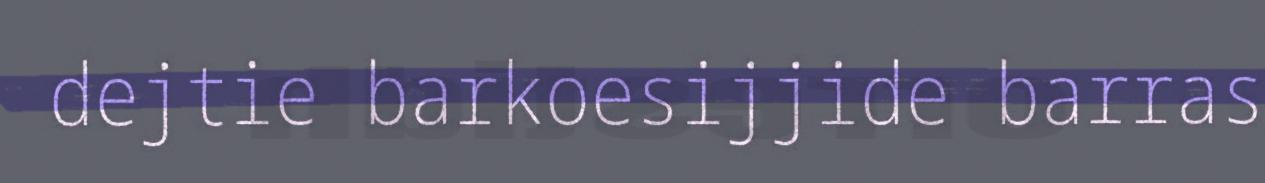
dejtie barkoesijjide barras